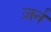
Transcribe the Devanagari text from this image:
ज़र्न